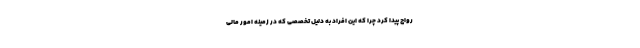
رواج پیدا کرد چرا که این افراد به دلیل تخصصی که در زمینه امور مالی